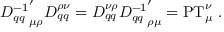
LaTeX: { D _ { q q } ^ { - 1 } } _ { \mu \rho } ^ { \prime } D _ { q q } ^ { \rho \nu } = D _ { q q } ^ { \nu \rho } { D _ { q q } ^ { - 1 } } _ { \rho \mu } ^ { \prime } = \mathrm { P T } _ { \mu } ^ { \nu } \ .